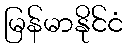
မြန်မာနိုင်ငံ